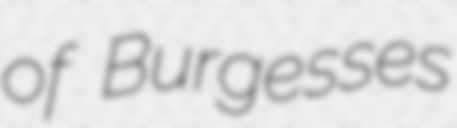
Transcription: of Burgesses